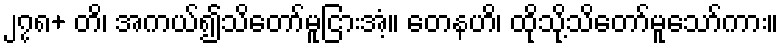
၂၇၈+ တိ၊ အကယ်၍သိတော်မူငြားအံ့။ တေနဟိ၊ ထိုသို့သိတော်မူသော်ကား။